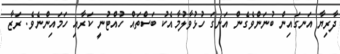
ދާރިޔާ އަނގައިން ބުނަންވެގެން އަނގަ ހުޅުވާލުމާއެކު ބަސްތައް ހުއްޓުނީ ކަރާއި ހަމައިންނެވެ. ރަޒާ